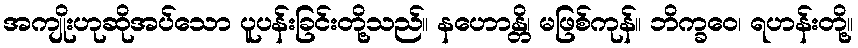
အကျိုးဟုဆိုအပ်သော ပူပန်းခြင်းတို့သည်။ နဟောန္တိ၊ မဖြစ်ကုန်။ ဘိက္ခဝေ၊ ရဟန်းတို့။